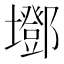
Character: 𡓂